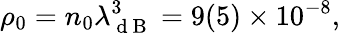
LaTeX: \rho_{0}=n_{0}\lambda_{\mathrm{~d~B~}}^{3}=9(5)\times 10^{-8},